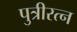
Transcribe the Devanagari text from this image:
पुत्रीरत्न